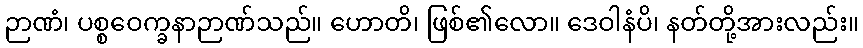
ဉာဏံ၊ ပစ္စဝေက္ခနာဉာဏ်သည်။ ဟောတိ၊ ဖြစ်၏လော။ ဒေဝါနံပိ၊ နတ်တို့အားလည်း။